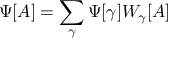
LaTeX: \Psi [ A ] = \sum _ { \gamma } \Psi [ \gamma ] W _ { \gamma } [ A ]